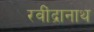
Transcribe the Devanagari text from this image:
रवींद्रानाथ